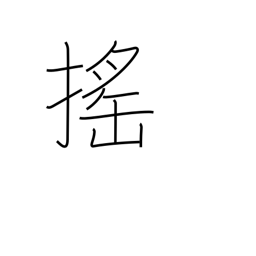
Meaning: shake